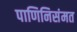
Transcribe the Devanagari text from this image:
पाणिनिसंमत